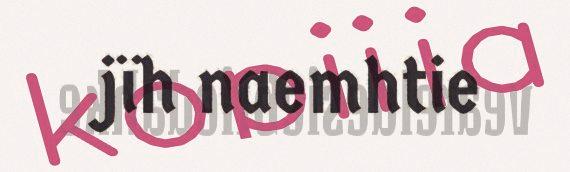
jïh naemhtie